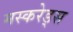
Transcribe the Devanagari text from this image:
मस्करेड्स